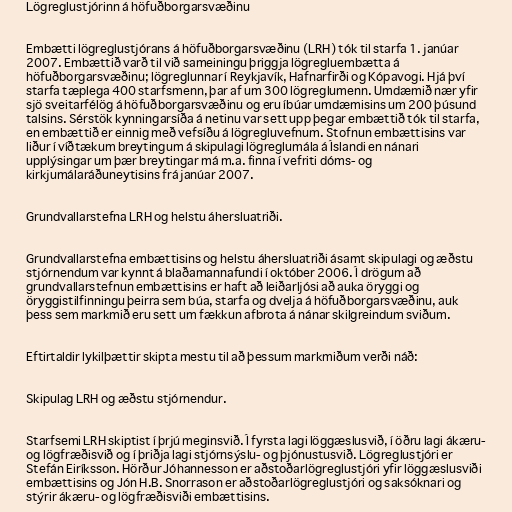
Lögreglustjórinn á höfuðborgarsvæðinu

Embætti lögreglustjórans á höfuðborgarsvæðinu (LRH) tók til starfa 1. janúar
2007. Embættið varð til við sameiningu þriggja lögregluembætta á
höfuðborgarsvæðinu; lögreglunnar í Reykjavík, Hafnarfirði og Kópavogi. Hjá því
starfa tæplega 400 starfsmenn, þar af um 300 lögreglumenn. Umdæmið nær yfir
sjö sveitarfélög á höfuðborgarsvæðinu og eru íbúar umdæmisins um 200 þúsund
talsins. Sérstök kynningarsíða á netinu var sett upp þegar embættið tók til starfa,
en embættið er einnig með vefsíðu á lögregluvefnum. Stofnun embættisins var
liður í víðtækum breytingum á skipulagi lögreglumála á Íslandi en nánari
upplýsingar um þær breytingar má m.a. finna í vefriti dóms- og
kirkjumálaráðuneytisins frá janúar 2007.

Grundvallarstefna LRH og helstu áhersluatriði.

Grundvallarstefna embættisins og helstu áhersluatriði ásamt skipulagi og æðstu
stjórnendum var kynnt á blaðamannafundi í október 2006. Í drögum að
grundvallarstefnun embættisins er haft að leiðarljósi að auka öryggi og
öryggistilfinningu þeirra sem búa, starfa og dvelja á höfuðborgarsvæðinu, auk
þess sem markmið eru sett um fækkun afbrota á nánar skilgreindum sviðum.

Eftirtaldir lykilþættir skipta mestu til að þessum markmiðum verði náð:

Skipulag LRH og æðstu stjórnendur.

Starfsemi LRH skiptist í þrjú meginsvið. Í fyrsta lagi löggæslusvið, í öðru lagi ákæru-
og lögfræðisvið og í þriðja lagi stjórnsýslu- og þjónustusvið. Lögreglustjóri er
Stefán Eiríksson. Hörður Jóhannesson er aðstoðarlögreglustjóri yfir löggæslusviði
embættisins og Jón H.B. Snorrason er aðstoðarlögreglustjóri og saksóknari og
stýrir ákæru- og lögfræðisviði embættisins.